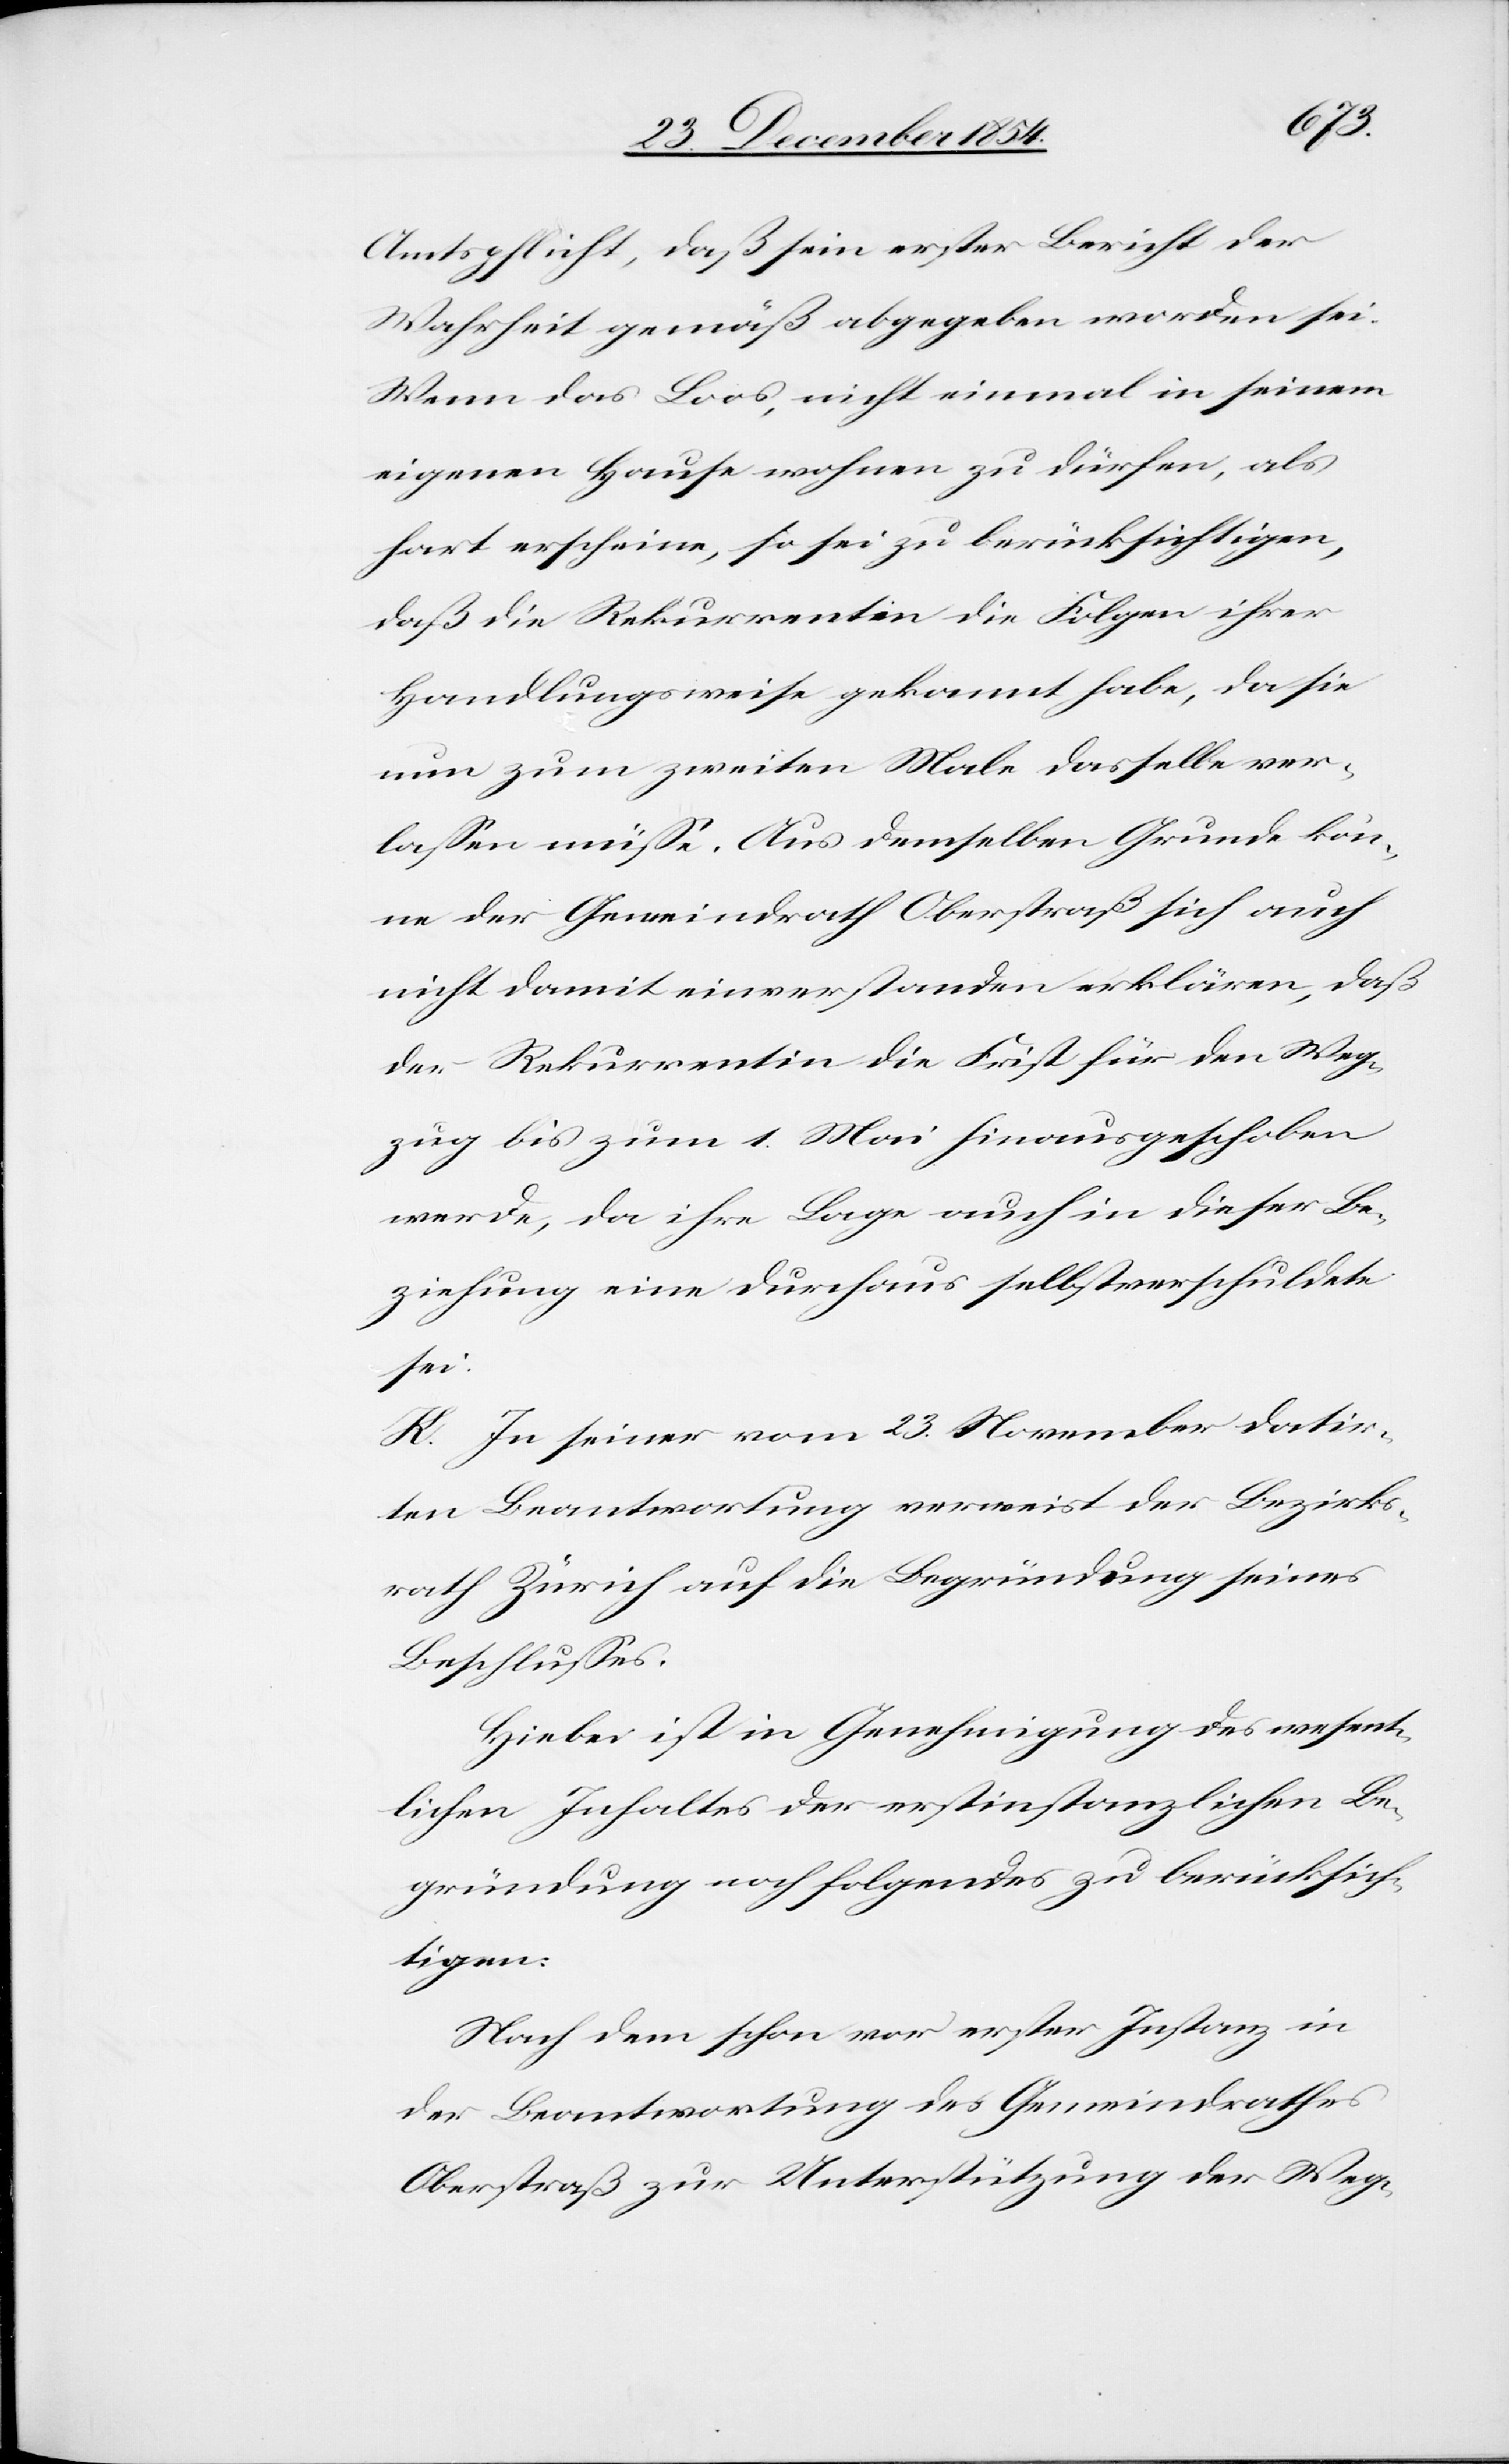
Amtspflicht, daß sein erster Bericht der
Wahrheit gemäß abgegeben worden sei.
Wenn das Loos, nicht einmal in seinem
hart erscheine, so sei zu berücksichtigen,
daß die Rekurrentin die Folgen ihrer
Handlungsweise gekannt habe, da sie
nun zum zweiten Male dasselbe ver¬
laßen müße. Aus demselben Grunde kön¬
ne der Gemeindrath Oberstraß sich auch
nicht damit einverstanden erklären, daß
der Rekurrentin die Frist für den Weg¬
zug bis zum 1. Mai hinausgeschoben
werde, da ihre Lage auch in dieser Be¬
ziehung eine durchaus selbstverschuldete
sei.
K. In seiner vom 23. November datir¬
ten Beantwortung verweist der Bezirks¬
rath Zürich auf die Begründung seines
Beschlußes.
Hiebei ist in Genehmigung des wesent¬
lichen Inhaltes der erstinstanzlichen Be¬
gründung noch folgendes zu berücksich¬
tigen:
Nach dem schon vor erster Instanz in
der Beantwortung des Gemeindrathes
Oberstraß zur Unterstützung der Weg-